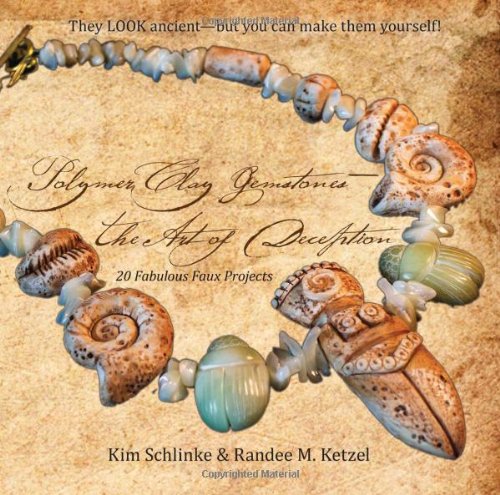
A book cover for Polymer Clay Gemstones: The Art of Deception; Kim Schlinke; Crafts, Hobbies & Home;